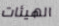
الهيئات